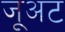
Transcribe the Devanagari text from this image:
जूअट